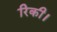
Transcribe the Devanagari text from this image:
रिकी।